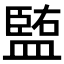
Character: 𥂠